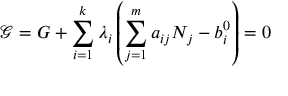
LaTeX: { \mathcal { G } } = G + \sum _ { i = 1 } ^ { k } \lambda _ { i } \left( \sum _ { j = 1 } ^ { m } a _ { i j } N _ { j } - b _ { i } ^ { 0 } \right) = 0